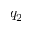
q _ { 2 }